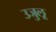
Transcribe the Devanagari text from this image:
उजुलू